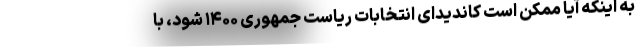
به اینکه آیا ممکن است کاندیدای انتخابات ریاست جمهوری ۱۴۰۰ شود، با